Vaccination in Burma 1920-1933 - 1920-1933
Year: 1920
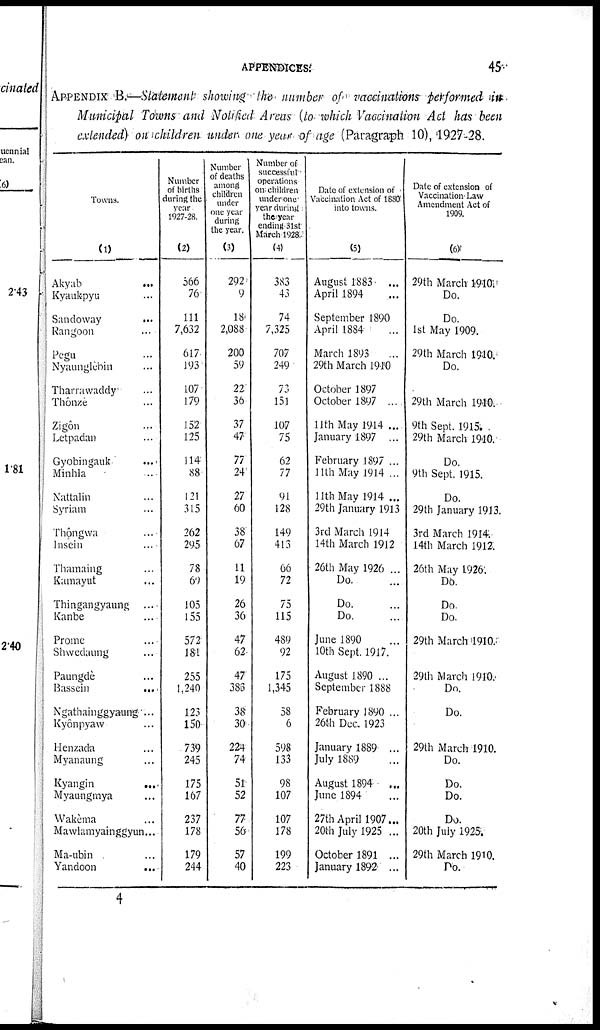
APPENDICES.
45
APPENDIX B— Statement showing the number of vaccinations performed in
Municipal Towns and Notified Areas (to which Vaccination Act has been
extended) on children under one year of age (Paragraph 10), 1927-28.
Towns.
(1)
Akyab
...
Kyaukpyu ...
Sandoway
...
Rangoon ...
Pegu ...
Nyaunglèbin ...
Tharrawaddy ...
Thônzè ...
Zigôn ...
Letpadan ...
Gyobingauk
...
Minhla ...
Nattalin ...
Syriam ...
Thôngwa ...
Insein ...
Thamaing ...
Kamayut ...
Thingangyaung ...
Kanbe ...
Prome ...
Shwedaung ...
Paungde ...
Bassein
...
Ngathainggyaung ...
Kyonpyaw ...
Henzada ...
Myanaung ...
Kyangin
...
Myaungmya ...
Wakèma ...
Mawlamyainggyun...
Ma-ubin ...
Yandoon ...
Number
of births
during the
year
1927-28.
(2)
566
76
111
7,632
617
193
107
179
152
125
114
88
121
315
262
295
78
60
105
155
572
181
255
1,240
123
150
739
245
175
167
237
178
179
244
Number
of deaths
among
children
under
one year
during
the year.
(3)
292
9
18
2,088
200
59
22
36
37
47
77
24
27
60
38
67
11
19
26
36
47
62
47
386
38
30
224
74
51
52
77
56
57
40
Number of
successful
operations
on children
underone
year during
the year
ending 31st
March 1928.
(4)
383
43
74
7,325
707
249
73
151
107
75
62
77
91
128
149
413
66
72
75
115
489
92
175
1,345
58
6
598
133
98
107
107
178
199
223
Date of extension of
Vaccination Act of 1880
into towns.
(5)
August 1883 ...
April 1894 ...
September 1890
April 1884 ...
March 1893 ...
29th March 1910
October 1897
October 1897 ...
11th May 1914 ...
January 1897 ...
February 1897 ...
11th May 1914 ...
11th May 1914 ...
29th January 1913
3rd March 1914
14th March 1912
26th May 1926 ...
Do.
Do.
Do.
June 1890 ...
10th Sept. 1917.
August 1890 ...
September 1888
February 1890 ...
26th Dec 1923
January 1889 ...
July 1889 ...
August 1894 ...
June 1894 ...
27th April 1907...
20th July 1925 ...
October 1891 ...
January 1892 ...
Date of extension of
Vaccination Law
Amendment Act of
1909.
(6)
29th March 1910.
Do.
Do.
1st May 1909.
29th March 1910.
Do.
29th March 1910.
9th Sept. 1915.
29th March 1910.
Do.
9th Sept. 1915.
Do.
29th January 1913.
3rd March 1914.
14th March 1912.
26th May 1926.
Do.
Do.
Do.
29th March 1910.
29th March 1910.
Do.
Do.
29th March 1910.
Do.
Do.
Do.
Do.
20th July 1925.
29th March 1910.
Do.
4